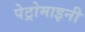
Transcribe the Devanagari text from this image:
पेट्रोमाइनी